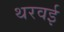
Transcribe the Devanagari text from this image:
थरवई